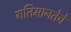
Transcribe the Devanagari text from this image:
गतिमानतेचे